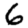
Digit: 6